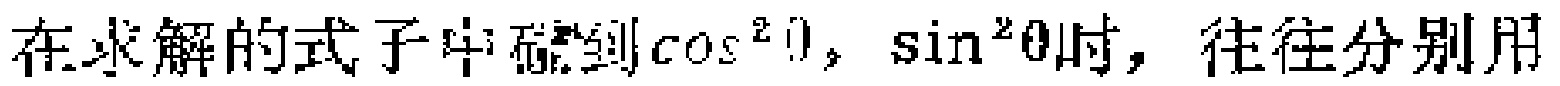
在求解的式子中碰到\(\cos^{2}\theta\)，\(\sin^{2}\theta\)时，往往分别用